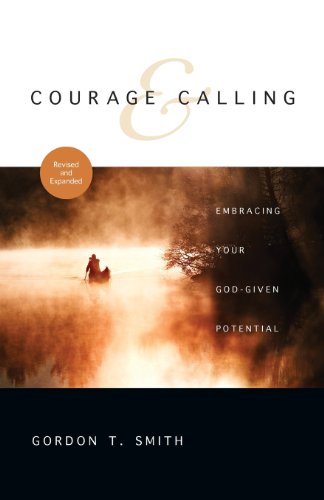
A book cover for Courage and Calling: Embracing Your God-Given Potential; Gordon T. Smith; Christian Books & Bibles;